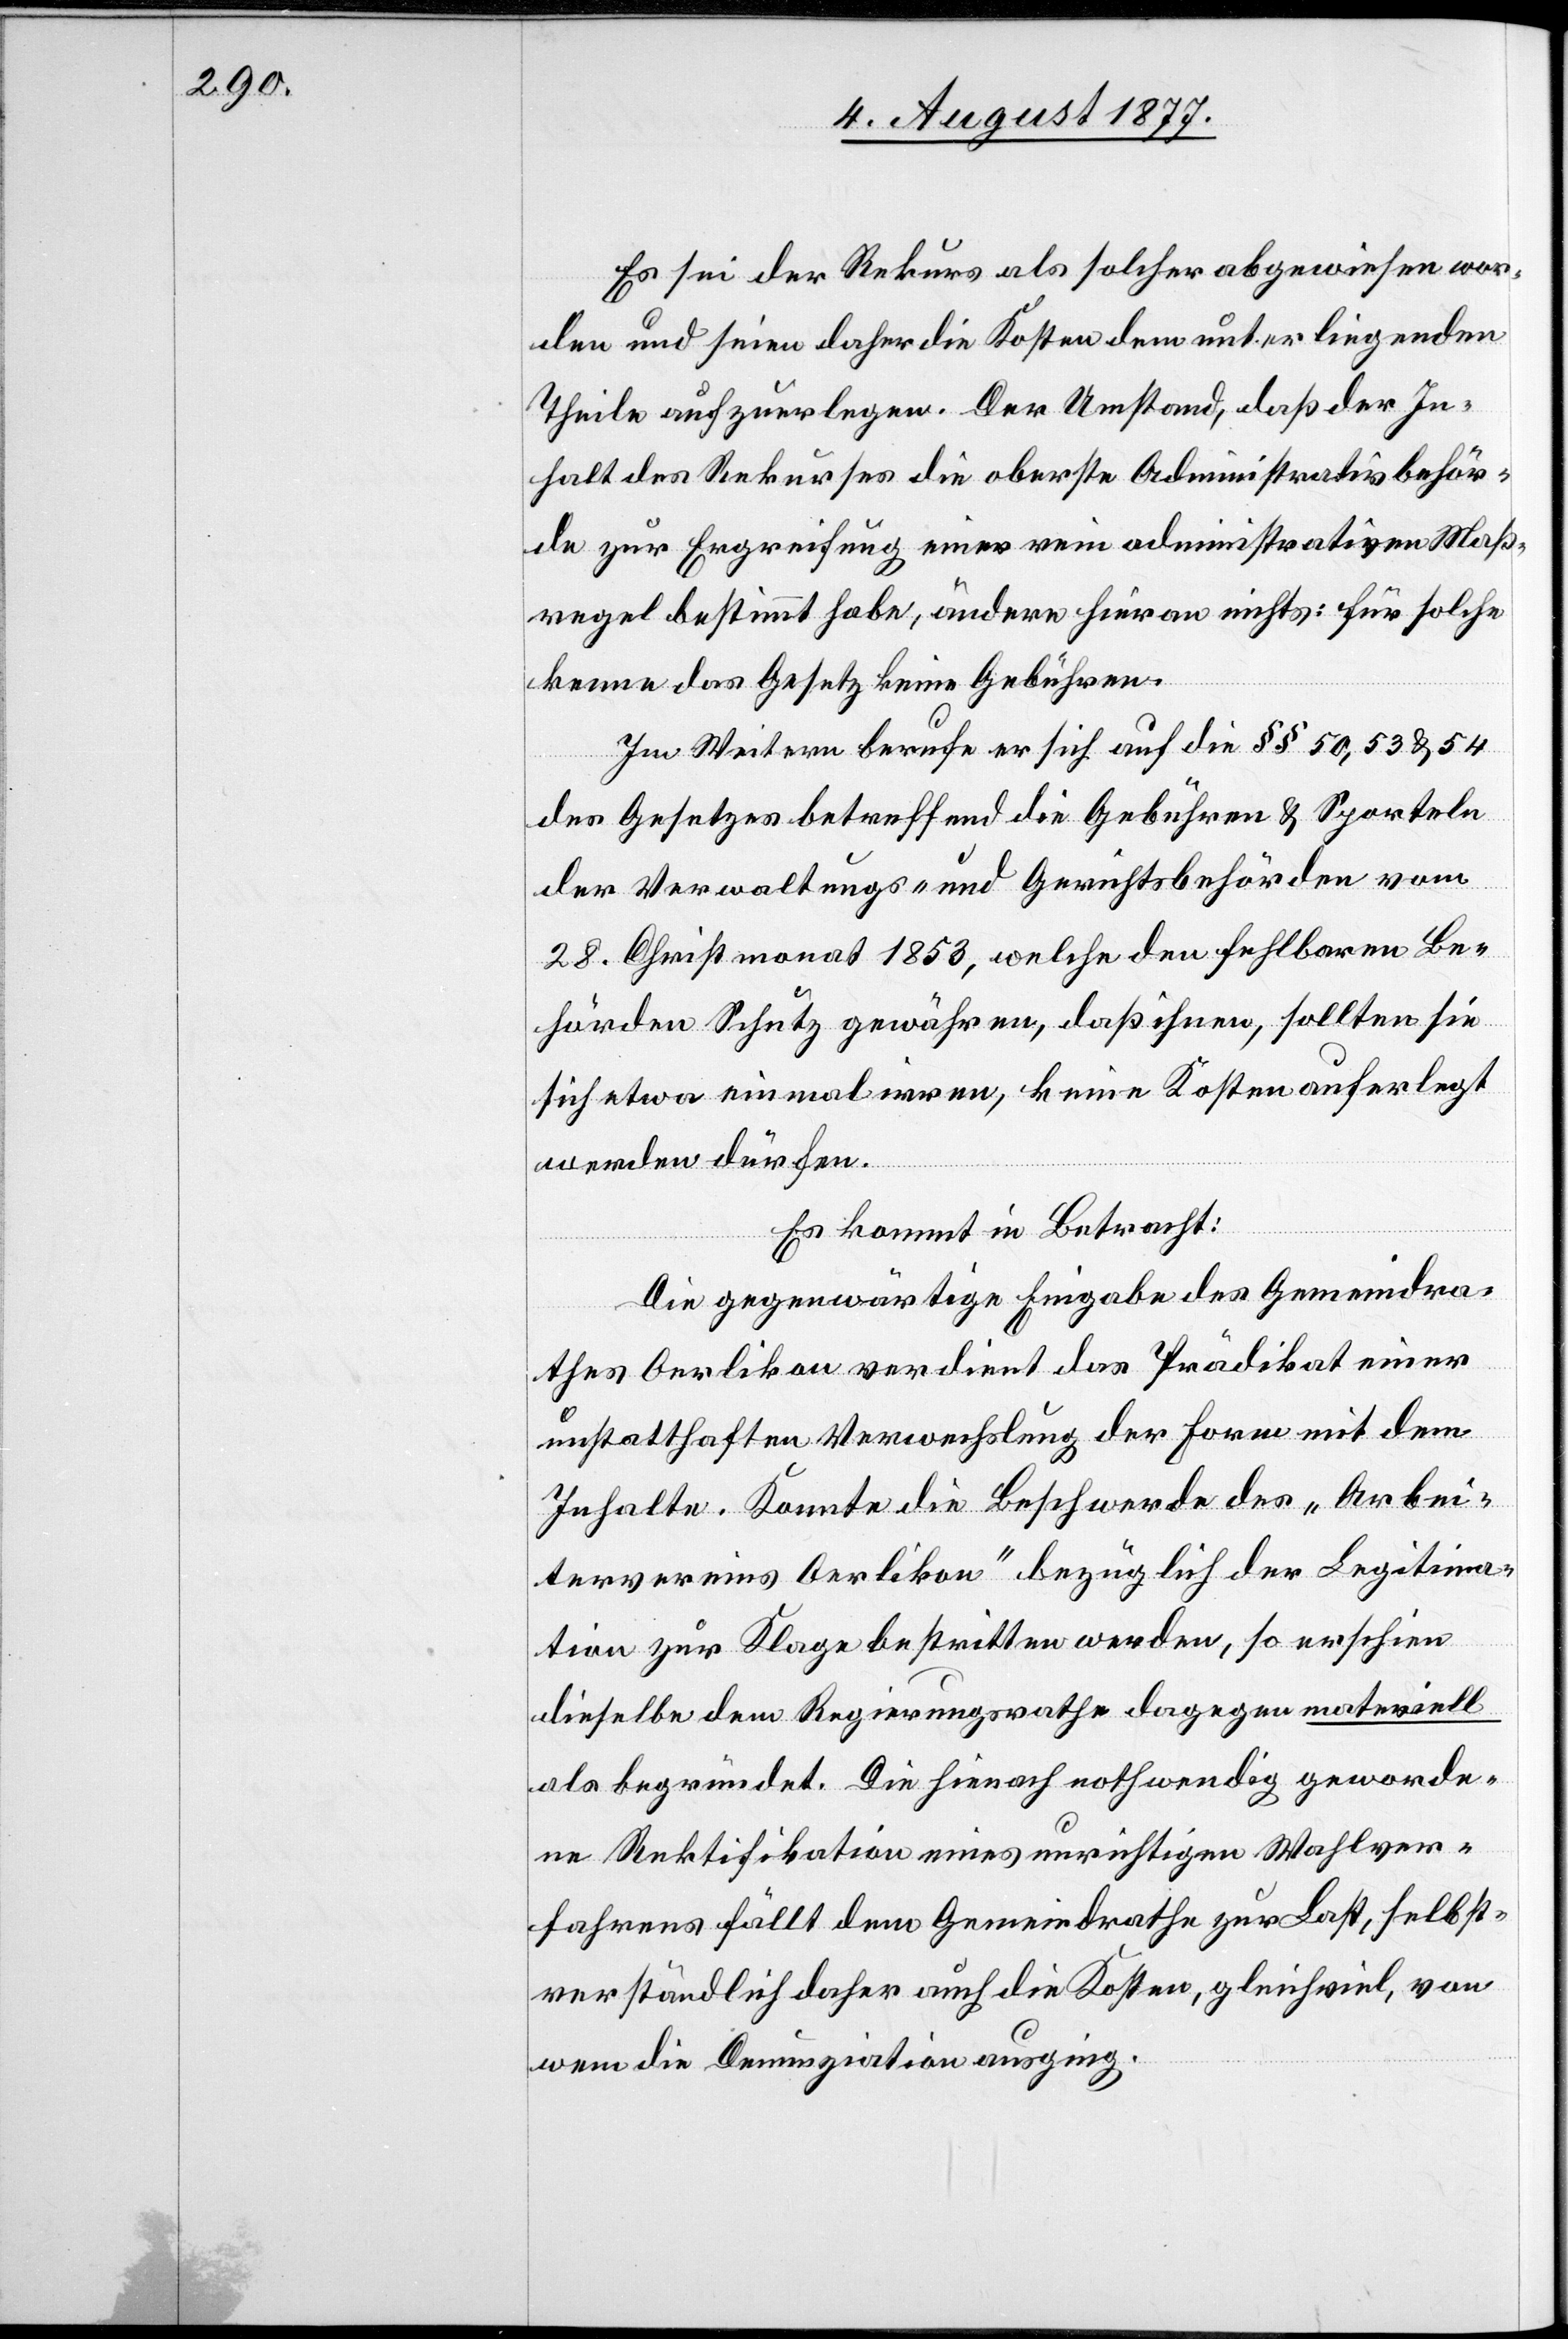
Es sei der Rekurs als solcher abgewiesen wor¬
den und seien daher die Kosten dem unterliegenden
Theile aufzuerlegen. Der Umstand, daß der In¬
halt des Rekurses die oberste Administrativbehör¬
de zur Ergreifung einer rein administrativen Maß¬
regel bestimmt habe, ändere hieran nichts: für solche
kenne das Gesetz keine Gebühren.
Im Weitern berufe er sich auf die §§ 50, 53 & 54
des Gesetzes betreffend die Gebühren & Sporteln
der Verwaltungs- und Gerichtsbehörden vom
28. Christmonat 1853, welche den fehlbaren Be¬
hörden Schutz gewähren, daß ihnen, sollten sie
sich etwa einmal irren, keine Kosten auferlegt
werden dürfen.
Es kommt in Betracht:
Die gegenwärtige Eingabe des Gemeindra¬
thes Oerlikon verdient das Prädikat einer
unstatthaften Verwechslung der Form mit dem
Inhalte. Konnte die Beschwerde des „Arbei¬
tervereins Oerlikon“ bezüglich der Legitima¬
tion zur Klage bestritten werden, so erschien
dieselbe dem Regierungsrathe dagegen materiell
als begründet. Die hienach nothwendig geworde¬
ne Rektifikation eines unrichtigen Wahlver¬
fahrens fällt dem Gemeindrathe zur Last, selbst¬
verständlich daher auch die Kosten, gleichviel, von
wem die Denunziation ausging.